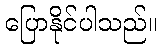
ပြောနိုင်ပါသည်။